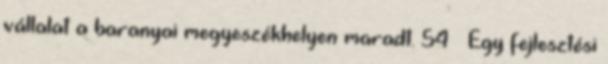
vállalat a baranyai megyeszékhelyen maradt. 54 — Egy fejlesztési